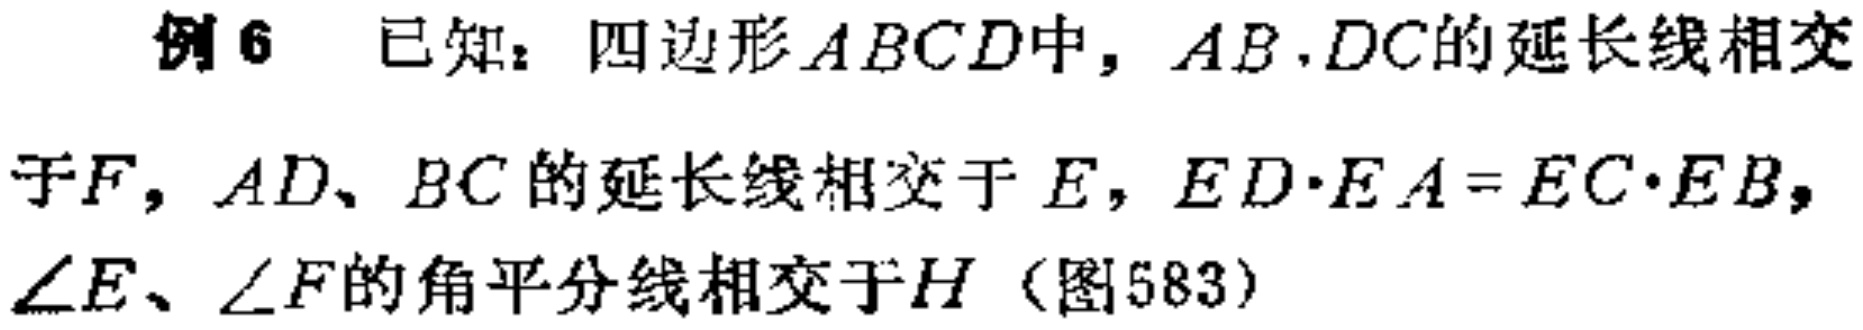
例6 已知：四边形\(ABCD\)中，\(AB,DC\)的延长线相交于\(F\)，\(AD、BC\)的延长线相交于\(E\)，\(ED\cdot EA = EC\cdot EB\)，\(\angle E、\angle F\)的角平分线相交于\(H\)（图583）